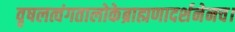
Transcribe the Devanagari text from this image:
वृषलत्वंगतालोकेब्राह्मणादर्शनेनच।